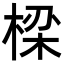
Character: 𬃒